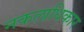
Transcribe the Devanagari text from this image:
नकलाधिकार